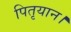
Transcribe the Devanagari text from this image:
पितृयान।